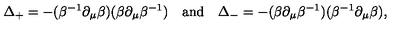
\Delta _ { + } = - ( \beta ^ { - 1 } \partial _ { \mu } \beta ) ( \beta \partial _ { \mu } \beta ^ { - 1 } ) \quad \mathrm { a n d } \quad \Delta _ { - } = - ( \beta \partial _ { \mu } \beta ^ { - 1 } ) ( \beta ^ { - 1 } \partial _ { \mu } \beta ) ,